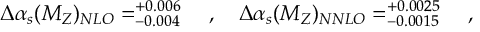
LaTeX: \Delta \alpha _ { s } ( M _ { Z } ) _ { N L O } = _ { - 0 . 0 0 4 } ^ { + 0 . 0 0 6 } ~ ~ ~ , ~ ~ ~ \Delta \alpha _ { s } ( M _ { Z } ) _ { N N L O } = _ { - 0 . 0 0 1 5 } ^ { + 0 . 0 0 2 5 } ~ ~ ~ ,